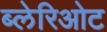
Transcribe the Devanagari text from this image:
ब्लेरिओट